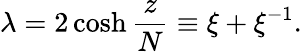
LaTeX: \lambda=2\cosh{\frac{z}{N}}\equiv\xi+\xi^{-1}.